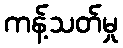
ကန့်သတ်မှု